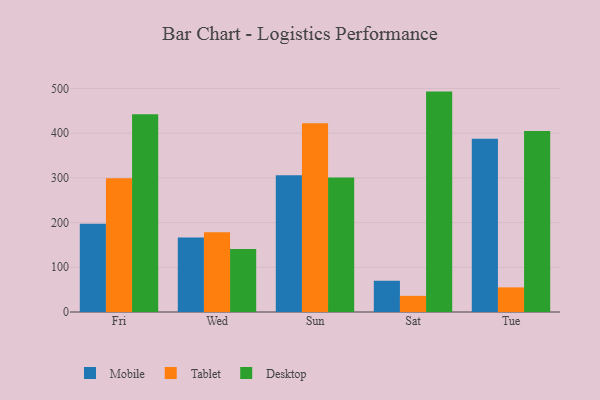
{"axis": {"x": "Day", "y": "Bounce Rate (%)"}, "legend": ["Desktop", "Mobile", "Tablet"], "data": [{"x": "Fri", "y": 197.3, "type": "Mobile"}, {"x": "Fri", "y": 299.1, "type": "Tablet"}, {"x": "Fri", "y": 442.4, "type": "Desktop"}, {"x": "Wed", "y": 166.7, "type": "Mobile"}, {"x": "Wed", "y": 178.2, "type": "Tablet"}, {"x": "Wed", "y": 140.9, "type": "Desktop"}, {"x": "Sun", "y": 305.7, "type": "Mobile"}, {"x": "Sun", "y": 422.0, "type": "Tablet"}, {"x": "Sun", "y": 300.7, "type": "Desktop"}, {"x": "Sat", "y": 69.9, "type": "Mobile"}, {"x": "Sat", "y": 36.1, "type": "Tablet"}, {"x": "Sat", "y": 493.0, "type": "Desktop"}, {"x": "Tue", "y": 387.6, "type": "Mobile"}, {"x": "Tue", "y": 55.1, "type": "Tablet"}, {"x": "Tue", "y": 405.1, "type": "Desktop"}]}